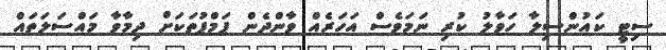
ސިޓީ ކައުންސިލާ ހަވާލު ކުރި ނަމަވެސް އަހަރެއް ވާންދެން ޕަމްޕުތަކަށް ދިމާވާ މައްސަލަތައް